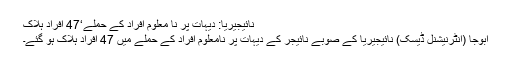
نائیجیریا: دیہات پر نا معلوم افراد کے حملے‘47 افراد ہلاک
ابوجا (انٹرنیشنل ڈیسک) نائیجیریا کے صوبے نائیجر کے دیہات پر نامعلوم افراد کے حملے میں 47 افراد ہلاک ہو گئے۔